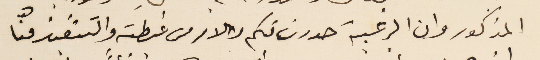
المذكور وان الرغبة صدرت منكم والامر من غبطته والتنفيذ منّا